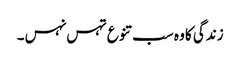
زندگی کا وہ سب تنوع تہس نہس۔